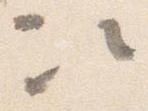
次